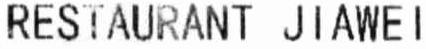
RESTAURANT JIAWEI